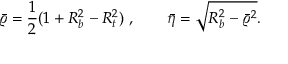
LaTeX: \bar { \varrho } = { \frac { 1 } { 2 } } ( 1 + R _ { b } ^ { 2 } - R _ { t } ^ { 2 } ) ~ , \quad \quad \bar { \eta } = \sqrt { R _ { b } ^ { 2 } - \bar { \varrho } ^ { 2 } } .